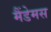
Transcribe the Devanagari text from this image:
मैंडेमस